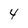
Character: 4